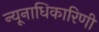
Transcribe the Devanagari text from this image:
न्यूनाधिकारिणी